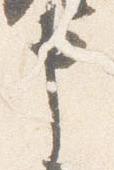
申